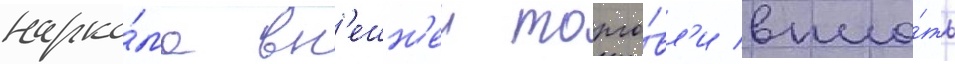
нарко́ма вн'ешн'еи торго́вл'и впло́ть